Report on lock hospitals in British Burma
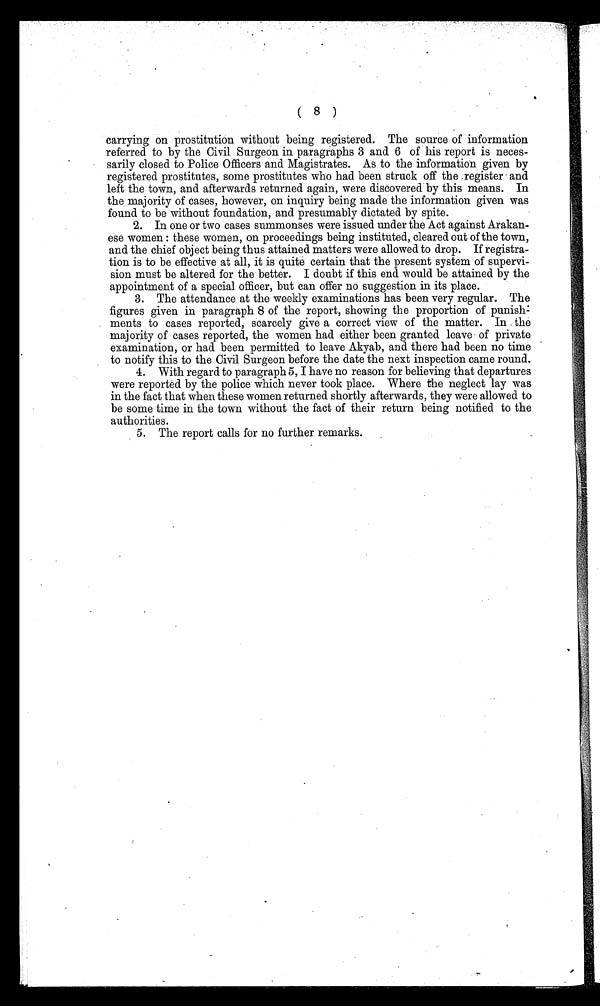
( 8 )
carrying on prostitution without being registered. The source of information
referred to by the Civil Surgeon in paragraphs 3 and 6 of his report is neces-
sarily closed to Police Officers and Magistrates. As to the information given by
registered prostitutes, some prostitutes who had been struck off the register and
left the town, and afterwards returned again, were discovered by this means. In
the majority of cases, however, on inquiry being made the information given was
found to be without foundation, and presumably dictated by spite.
2. In one or two cases summonses were issued under the Act against Arakan-
ese women : these women, on proceedings being instituted, cleared out of the town,
and the chief object being thus attained matters were allowed to drop. If registra-
tion is to be effective at all, it is quite certain that the present system of supervi-
sion must be altered for the better. I doubt if this end would be attained by the
appointment of a special officer, but can offer no suggestion in its place.
3. The attendance at the weekly examinations has been very regular. The
figures given in paragraph 8 of the report, showing the proportion of punish-
ments to cases reported, scarcely give a correct view of the matter. In the
majority of cases reported, the women had either been granted leave of private
examination, or had been permitted to leave Akyab, and there had been no time
to notify this to the Civil Surgeon before the date the next inspection came round.
4. With regard to paragraph 5, I have no reason for believing that departures
were reported by the police which never took place. Where the neglect lay was
in the fact that when these women returned shortly afterwards, they were allowed to
be some time in the town without the fact of their return being notified to the
authorities.
5. The report calls for no further remarks.